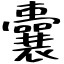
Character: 囊